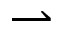
\rightharpoonup